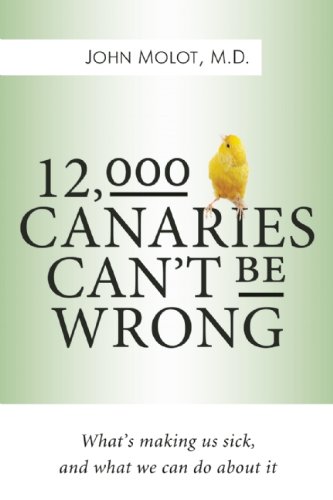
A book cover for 12,000 Canaries Can't Be Wrong: What's Making Us Sick and What We Can Do About It; John Molot; Health, Fitness & Dieting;